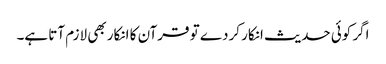
اگر کوئی حدیث انکار کردے تو قرآن کا انکار بھی لازم آتا ہے۔